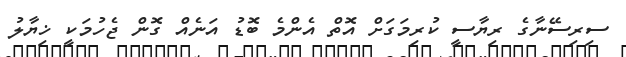
ސިރިސޭނާގެ ރިޔާސީ ކުރިމަގަށް އޮތް އެންމެ ބޮޑު އަނެއް ގޮން ޖެހުމަކީ ޚިޔާލު